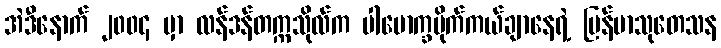
အဲဒီနောက် ၂၀၀၄ မှာ လန်ဒန်တက္ကသိုလ်က ပါမောက္ခမိုက်ကယ်ချာနေရဲ့ မြန်မာသုတေသန